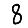
Digit: 8